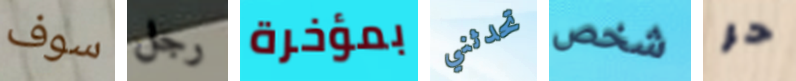
سوف رجل بمؤخرة تحدثني شخص حر